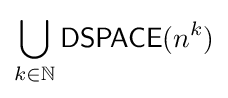
\bigcup _{k\in \mathbb {N} }{\mathsf {DSPACE}}(n^{k})